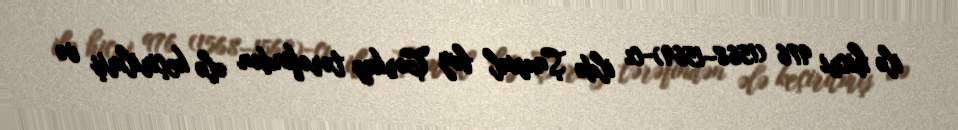
ilə hicri 976 (1568–1569)-cı ildə Şamxal bəy Çərkəz tərəfindən ələ keçirilmiş və